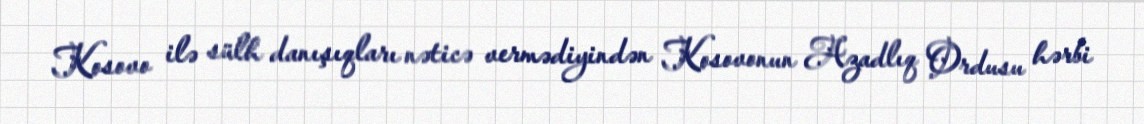
Kosovo ilə sülh danışıqları nəticə vermədiyindən Kosovonun Azadlıq Ordusu hərbi